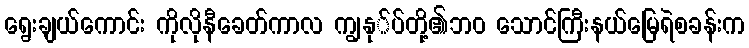
ရွေးချယ်ကောင်း ကိုလိုနီခေတ်ကာလ ကျွနု်ပ်တို့၏ဘ၀ သောင်ကြီးနယ်မြေရဲစခန်းက